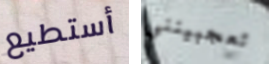
أستطيع تعجبينني